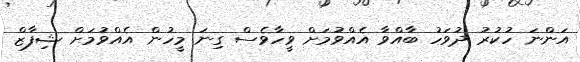
އަންނަ ހުކުރު ދުވަހު ބާއްވާ އެއްވުމަށް ވީހާވެސް ގިނަ މީހުން އެއްވުމަށް ޝިފާޒް